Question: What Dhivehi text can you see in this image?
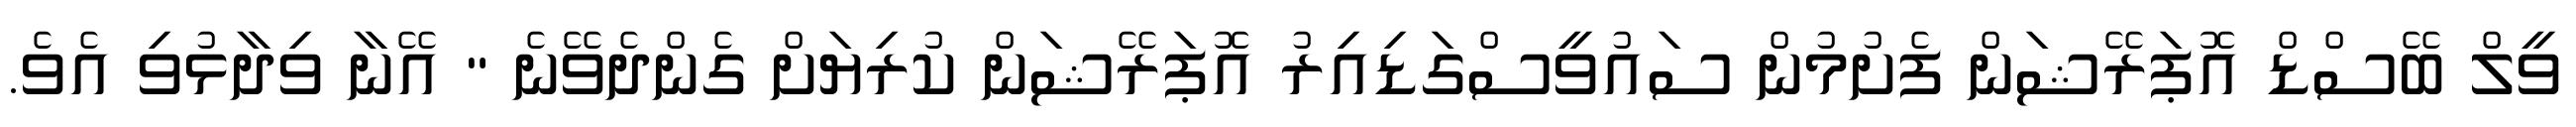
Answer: ވީލް ބޭސްޑް އޮޕަރޭޝަން ފެށުމުން ސައުވީސްގަޑިއިރު އޮޕަރޭޝަން ކުރިޔަށް ގެންދެވޭނެ " އޭނާ ވިދާޅުވި އެވެ.